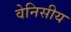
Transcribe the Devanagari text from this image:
वेनिसीय